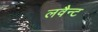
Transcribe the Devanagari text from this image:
लवैन्ट